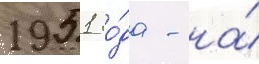
1951 го́да - на́